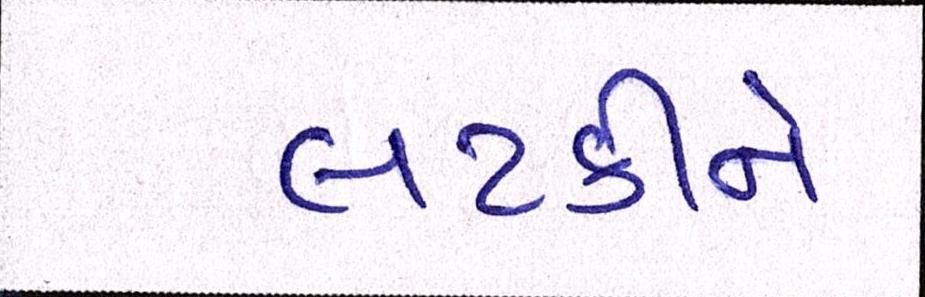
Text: લટકીને